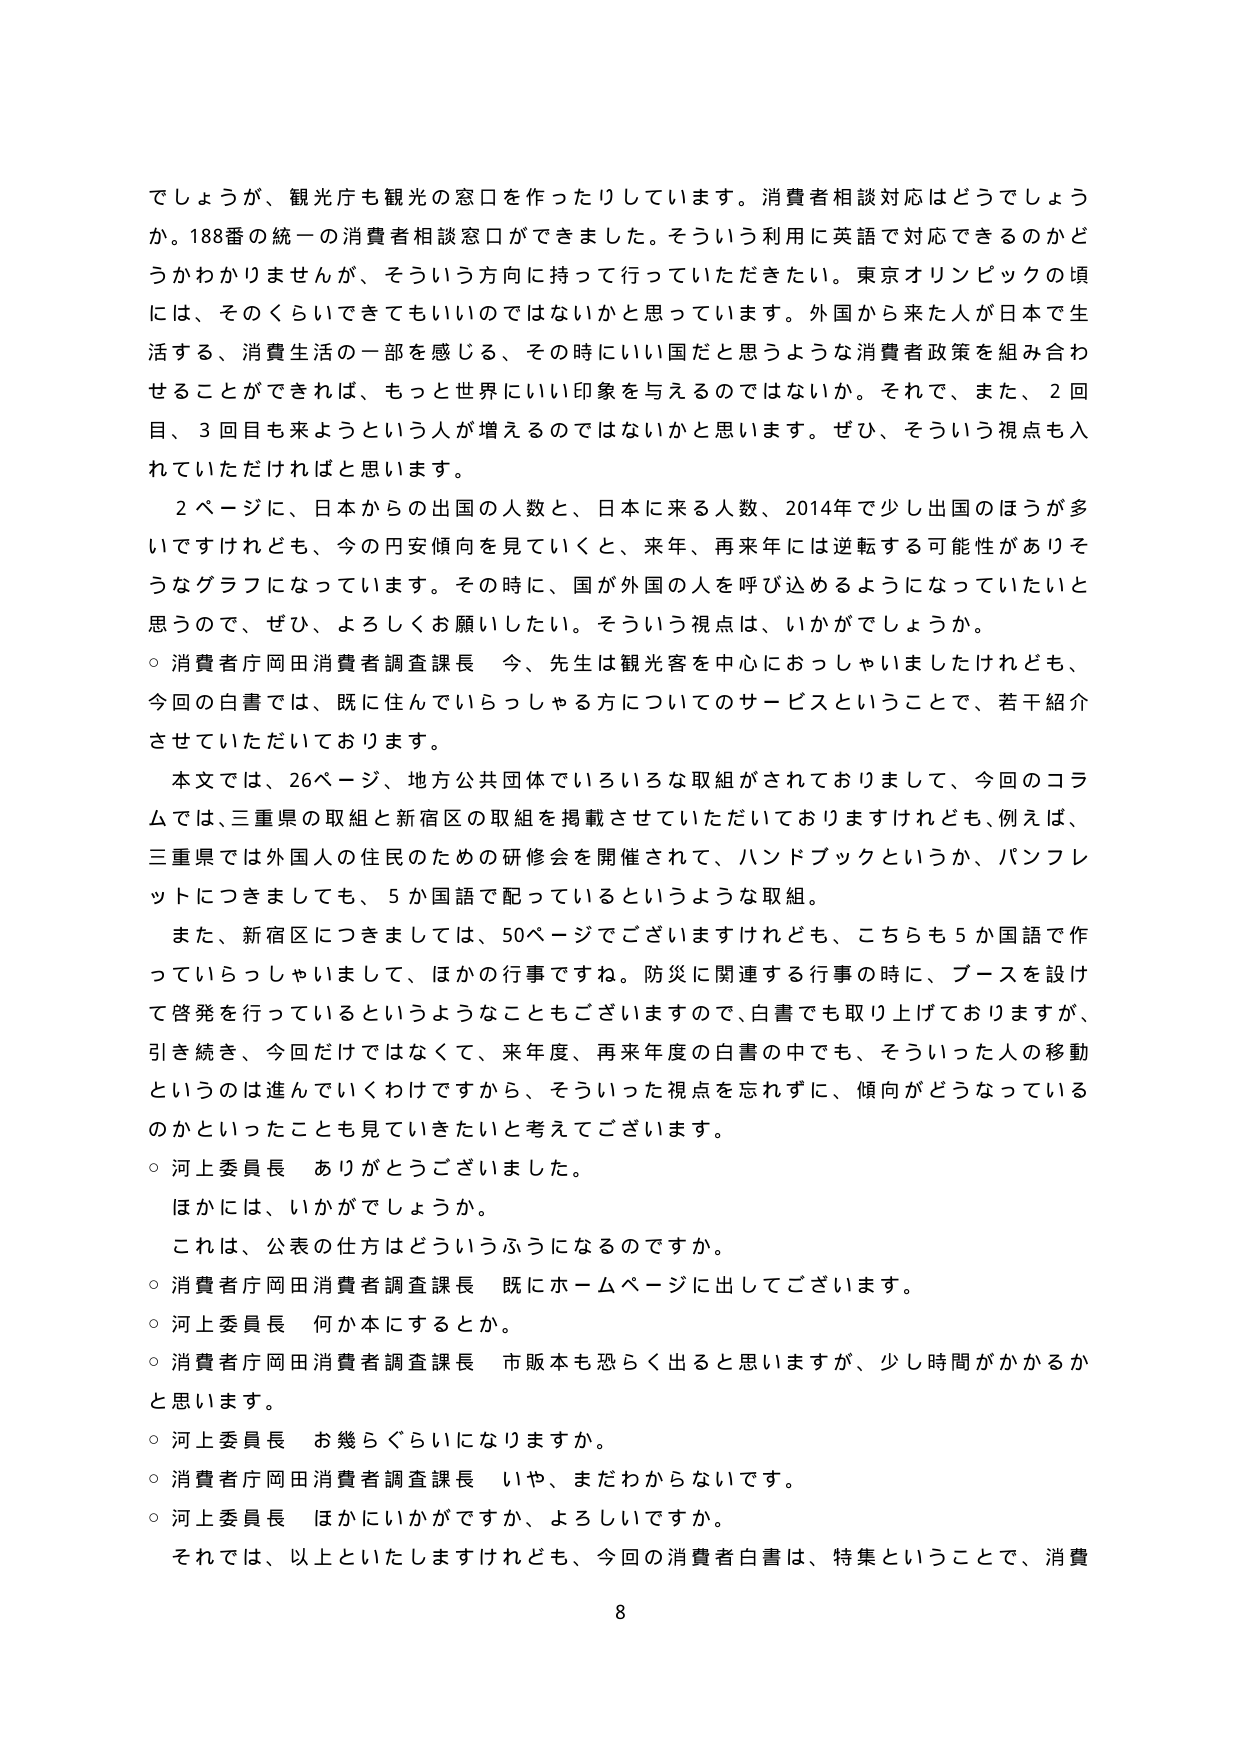
でしょうが、観光庁も観光の窓口を作ったりしています。消費者相談対応はどうでしょうか。188番の統一の消費者相談窓口ができました。そういう利用に英語で対応できるのかどうかわかりませんが、そういう方向に持って行っていただきたい。東京オリンピックの頃には、そのくらいできてもいいのではないかと思っています。外国から来た人が日本で生活する、消費生活の一部を感じる、その時にいい国だと思うような消費者政策を組み合わせることができれば、もっと世界にいい印象を与えるのではないか。それで、また、2回目、3回目も来ようという人が増えるのではないかと思います。ぜひ、そういう視点も入れていただければと思います。

2ページに、日本からの出国の人数と、日本に来る人数、2014年で少し出国のほうが多いですけれども、今の円安傾向を見ていくと、来年、再来年には逆転する可能性がありそうなグラフになっています。その時に、国が外国の人を呼び込めるようになっていきたいと思うので、ぜひ、よろしくお願いしたい。そういう視点は、いかがでしょうか。

○ 消費者庁岡田消費者調査課長 今、先生は観光客を中心にいらっしゃいましたけれども、今回の白書では、既に住んでいらっしゃる方についてのサービスということで、若干紹介させていただいております。

本文では、26ページ、地方公共団体でいろいろな取組がされておりまして、今回のコラムでは、三重県の取組と新宿区の取組を掲載させていただいておりますけれども、例えば、三重県では外国人の住民のための研修会を開催されて、ハンドブックというか、パンフレットにつきましても、5か国語で配っているというような取組。

また、新宿区につきましては、50ページでございますけれども、こちらも5か国語で作っていらっしゃいまして、ほかの行事ですね。防災に関連する行事の時に、ブースを設けて啓発を行っているというようなこともございますので、白書でも取り上げておりますが、引き続き、今回だけではなくて、来年度、再来年度の白書の中でも、そういった人の移動というのは進んでいくわけですから、そういった視点を忘れずに、傾向がどうなっているのかといったことも見ていきたいと考えております。

○ 河上委員長 ありがとうございました。

ほかには、いかがでしょうか。

これは、公表の仕方はどういうふうになるのですか。

○ 消費者庁岡田消費者調査課長 既にホームページに出してございます。

○ 河上委員長 何か本にするとか。

○ 消費者庁岡田消費者調査課長 市販本も恐らく出ると思いますが、少し時間がかかるかと思います。

○ 河上委員長 お幾らぐらいになりますか。

○ 消費者庁岡田消費者調査課長 いや、まだわからないです。

○ 河上委員長 ほかにいかがですか、よろしいですか。

それでは、以上といたしますけれども、今回の消費者白書は、特集ということで、消費

8